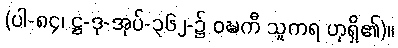
(ပါ-၈၄၊ ဋ္ဌ-ဒု-အုပ်-၃၆၂-၌ ဝဍ္ဎကီ သူကရ ဟုရှိ၏)။